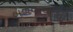
બળવાઓથી